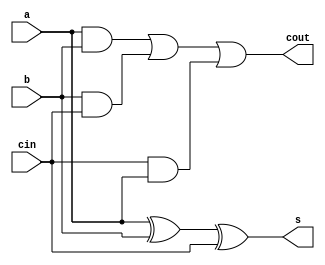
`timescale 1ns / 1ps
//////////////////////////////////////////////////////////////////////////////////
// Company: 
// Engineer: 
// 
// Design Name: 
// Module Name: fulladder
// Project Name: 
// Target Devices: 
// Tool Versions: 
// Description: 
// 
// Dependencies: 
// 
// Revision:
// Revision 0.01 - File Created
// Additional Comments:
// 
//////////////////////////////////////////////////////////////////////////////////


module fulladder(
    input a,
    input b,
    input cin,
    output s,
    output cout
    );
    wire ab,bc,ca;
    assign s =a^b^cin;
    assign ab=a&b;
    assign bc=b&cin;
    assign ca= cin&a;
    assign cout=ab|bc|ca;
endmodule